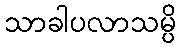
သာခါပလာသမ္ပိ